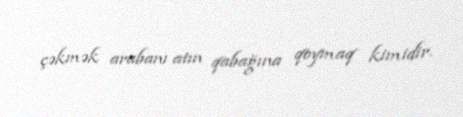
çəkmək arabanı atın qabağına qoymaq kimidir.